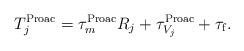
LaTeX: \begin{align*}T^{\rm Proac}_j=\tau^{\rm Proac}_{m}R_j+\tau^{\rm Proac}_{V_j}+\tau_{\rm f}.\end{align*}